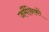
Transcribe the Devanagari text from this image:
जर्मैनिकों